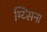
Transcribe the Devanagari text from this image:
म्य्सिना